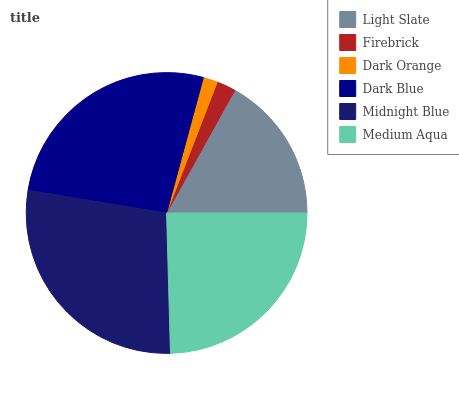
| Light Slate | Firebrick | Dark Orange | Dark Blue | Midnight Blue | Medium Aqua |
 | --- | --- | --- | --- | --- | --- |
 | 16.9% | 2.2% | 1.66% | 26.6% | 28.1% | 24.6% |